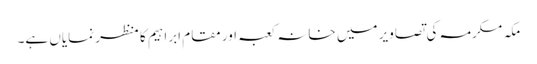
مکہ مکرمہ کی تصاویر میں خانہ کعبہ اور مقام ابراہیم کا منظر نمایاں ہے۔